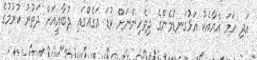
އަދި ހަމަ އެއާއެކު އަޅުގަނޑުމެންގެ ދިވެހިންނަށް ކުޑަ އަގެއްގައި ދުބާއީއަށް ދަތުރު ކުރުމުގެ